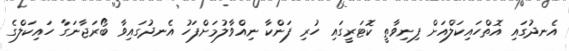
އެނދުގައި އޮތްހައިކަލްއަށް ފިނިވާތީ ކޮޓަރީގައި ހުރި ފަންކާ ނިއްވާލުމަށްފަހު އެނދުގައިވާ ބޯރަޖާނަގާ ހައިކަލްގެ